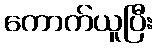
ကောက်ယူပြီး